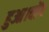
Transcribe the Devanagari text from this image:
हुआ।वोंग